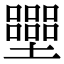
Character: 𡓿